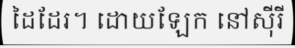
ដៃដែរ។ ដោយឡែក នៅស៊ីរី